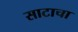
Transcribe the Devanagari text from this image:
साटाचा